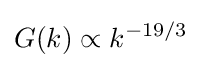
G(k)\propto k^{-19/3}